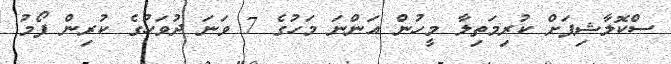
ސްކޮލާޝިޕަށް ކުރިމަތިލާ މީހުން އަންނަ މަހުގެ 7 ވަނަ ދުވަހުގެ ކުރިން ފޯމު